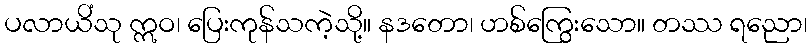
ပလာယိံသု ဣဝ၊ ပြေးကုန်သကဲ့သို့။ နဒတော၊ ဟစ်ကြွေးသော။ တဿ ရညော၊